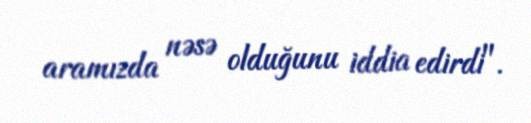
aramızda nəsə olduğunu iddia edirdi".